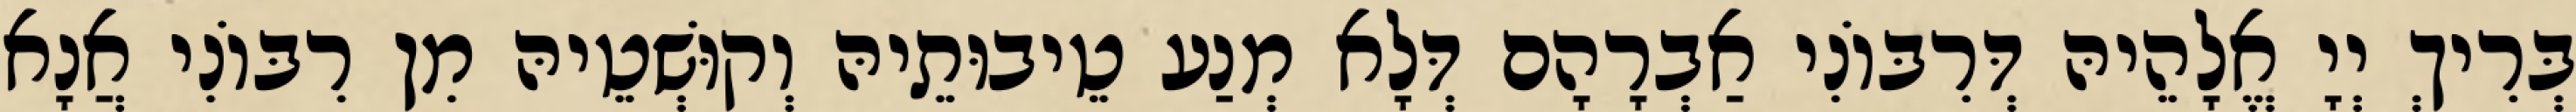
בְּרִיךְ יְיָ אֱלָהֵיהּ דְּרִבּוֹנִי אַבְרָהָם דְּלָא מְנַע טֵיבוּתֵיהּ וְקוּשְׁטֵיהּ מִן רִבּוֹנִי אֲנָא